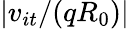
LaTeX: \lvert v_{it}/(qR_{0})\rvert